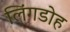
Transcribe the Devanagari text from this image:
लिंगडोह